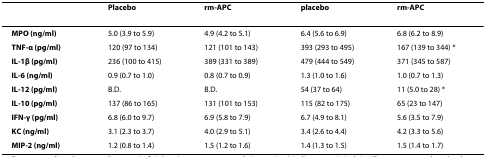
<table><thead><tr><td></td><td><b>Placebo</b></td><td><b>rm-APC</b></td><td><b>placebo</b></td><td><b>rm-APC</b></td></tr></thead><tbody><tr><td><b>MPO (ng/ml)</b></td><td>5.0 (3.9 to 5.9)</td><td>4.9 (4.2 to 5.1)</td><td>6.4 (5.6 to 6.9)</td><td>6.8 (6.2 to 8.9)</td></tr><tr><td><b>TNF-α (pg/ml)</b></td><td>120 (97 to 134)</td><td>121 (101 to 143)</td><td>393 (293 to 495)</td><td>167 (139 to 344) *</td></tr><tr><td><b>IL-1β (pg/ml)</b></td><td>236 (100 to 415)</td><td>389 (331 to 389)</td><td>479 (444 to 549)</td><td>371 (345 to 587)</td></tr><tr><td><b>IL-6 (ng/ml)</b></td><td>0.9 (0.7 to 1.0)</td><td>0.8 (0.7 to 0.9)</td><td>1.3 (1.0 to 1.6)</td><td>1.0 (0.7 to 1.3)</td></tr><tr><td><b>IL-12 (pg/ml)</b></td><td>B.D.</td><td>B.D.</td><td>54 (37 to 64)</td><td>11 (5.0 to 28) *</td></tr><tr><td><b>IL-10 (pg/ml)</b></td><td>137 (86 to 165)</td><td>131 (101 to 153)</td><td>115 (82 to 175)</td><td>65 (23 to 147)</td></tr><tr><td><b>IFN-γ (pg/ml)</b></td><td>6.8 (6.0 to 9.7)</td><td>6.9 (5.8 to 7.9)</td><td>6.7 (4.9 to 8.1)</td><td>5.6 (3.5 to 7.9)</td></tr><tr><td><b>KC (ng/ml)</b></td><td>3.1 (2.3 to 3.7)</td><td>4.0 (2.9 to 5.1)</td><td>3.4 (2.6 to 4.4)</td><td>4.2 (3.3 to 5.6)</td></tr><tr><td><b>MIP-2 (ng/ml)</b></td><td>1.2 (0.8 to 1.4)</td><td>1.5 (1.2 to 1.6)</td><td>1.4 (1.3 to 1.5)</td><td>1.5 (1.4 to 1.7)</td></tr></tbody></table>